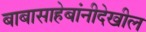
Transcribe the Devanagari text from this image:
बाबासाहेबांनीदेखील